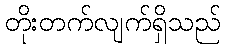
တိုးတက်လျက်ရှိသည်